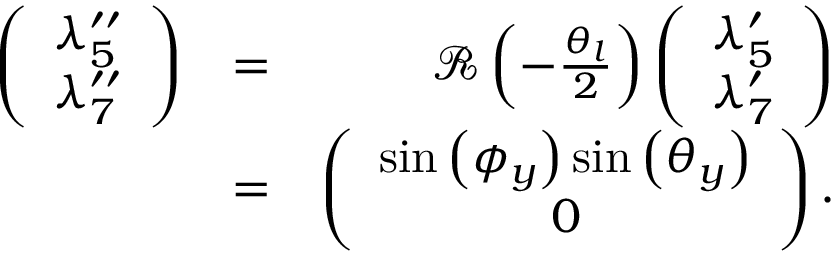
\begin{array} { r l r } { \left( \begin{array} { c } { \lambda _ { 5 } ^ { \prime \prime } } \\ { \lambda _ { 7 } ^ { \prime \prime } } \end{array} \right) } & { = } & { { \mathcal R } \left( - \frac { \theta _ { l } } { 2 } \right) \left( \begin{array} { c } { \lambda _ { 5 } ^ { \prime } } \\ { \lambda _ { 7 } ^ { \prime } } \end{array} \right) } \\ & { = } & { \left( \begin{array} { c } { \sin \left( \phi _ { y } \right) \sin \left( \theta _ { y } \right) } \\ { 0 } \end{array} \right) . } \end{array}